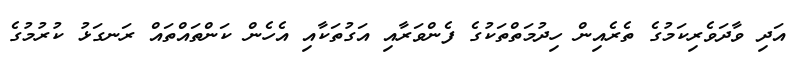
އަދި ވާދަވެރިކަމުގެ ތެރެއިން ހިދުމަތްތަކުގެ ފެންވަރާއި އަގުތަކާއި އެހެން ކަންތައްތައް ރަނގަޅު ކުރުމުގެ